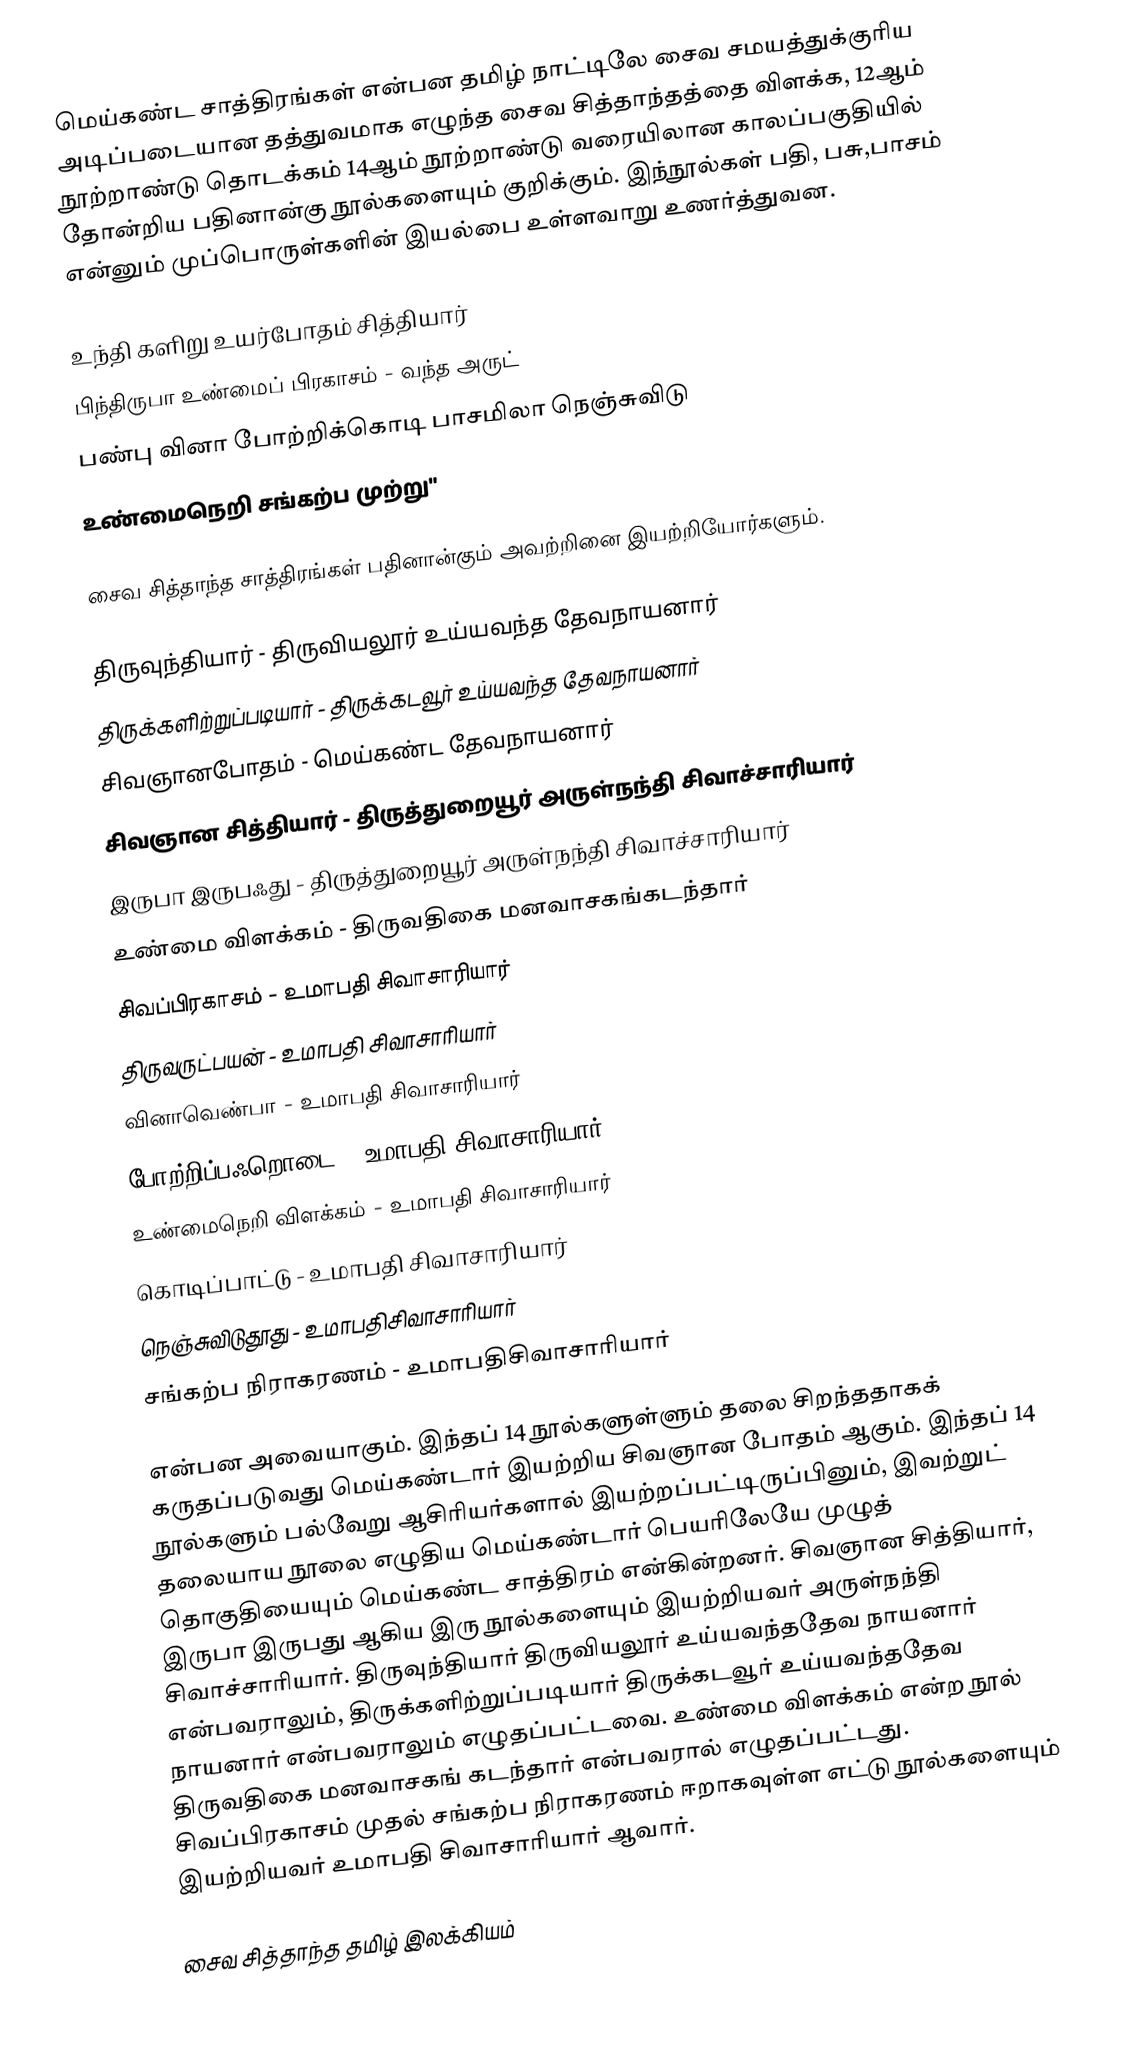
மெய்கண்ட சாத்திரங்கள் என்பன தமிழ் நாட்டிலே சைவ சமயத்துக்குரிய அடிப்படையான தத்துவமாக எழுந்த சைவ சித்தாந்தத்தை விளக்க, 12ஆம் நூற்றாண்டு தொடக்கம் 14ஆம் நூற்றாண்டு வரையிலான காலப்பகுதியில் தோன்றிய பதினான்கு நூல்களையும் குறிக்கும். இந்நூல்கள் பதி, பசு,பாசம் என்னும் முப்பொருள்களின் இயல்பை உள்ளவாறு உணர்த்துவன.

உந்தி களிறு உயர்போதம் சித்தியார்
பிந்திருபா உண்மைப் பிரகாசம் - வந்த அருட்
பண்பு வினா போற்றிக்கொடி பாசமிலா நெஞ்சுவிடு
உண்மைநெறி சங்கற்ப முற்று"

சைவ சித்தாந்த சாத்திரங்கள் பதினான்கும் அவற்றினை இயற்றியோர்களும்.

 திருவுந்தியார் - திருவியலூர் உய்யவந்த தேவநாயனார்
 திருக்களிற்றுப்படியார் - திருக்கடவூர் உய்யவந்த தேவநாயனார்
 சிவஞானபோதம் - மெய்கண்ட தேவநாயனார்
 சிவஞான சித்தியார் - திருத்துறையூர் அருள்நந்தி சிவாச்சாரியார்
 இருபா இருபஃது - திருத்துறையூர் அருள்நந்தி சிவாச்சாரியார்
 உண்மை விளக்கம் - திருவதிகை மனவாசகங்கடந்தார்
 சிவப்பிரகாசம் - உமாபதி சிவாசாரியார்
 திருவருட்பயன் - உமாபதி சிவாசாரியார்
 வினாவெண்பா - உமாபதி சிவாசாரியார்
 போற்றிப்பஃறொடை -  உமாபதி சிவாசாரியார்
 உண்மைநெறி விளக்கம் - உமாபதி சிவாசாரியார்
 கொடிப்பாட்டு - உமாபதி சிவாசாரியார்
 நெஞ்சுவிடுதூது - உமாபதிசிவாசாரியார்
 சங்கற்ப நிராகரணம் - உமாபதிசிவாசாரியார்

என்பன அவையாகும். இந்தப் 14 நூல்களுள்ளும் தலை சிறந்ததாகக் கருதப்படுவது மெய்கண்டார் இயற்றிய சிவஞான போதம் ஆகும். இந்தப் 14 நூல்களும் பல்வேறு ஆசிரியர்களால் இயற்றப்பட்டிருப்பினும், இவற்றுட் தலையாய நூலை எழுதிய மெய்கண்டார் பெயரிலேயே முழுத் தொகுதியையும் மெய்கண்ட சாத்திரம் என்கின்றனர். சிவஞான சித்தியார், இருபா இருபது ஆகிய இரு நூல்களையும் இயற்றியவர் அருள்நந்தி சிவாச்சாரியார். திருவுந்தியார் திருவியலூர் உய்யவந்ததேவ நாயனார் என்பவராலும், திருக்களிற்றுப்படியார் திருக்கடவூர் உய்யவந்ததேவ நாயனார் என்பவராலும் எழுதப்பட்டவை. உண்மை விளக்கம் என்ற நூல் திருவதிகை மனவாசகங் கடந்தார் என்பவரால் எழுதப்பட்டது. சிவப்பிரகாசம் முதல் சங்கற்ப நிராகரணம் ஈறாகவுள்ள எட்டு நூல்களையும் இயற்றியவர் உமாபதி சிவாசாரியார் ஆவார்.

சைவ சித்தாந்த தமிழ் இலக்கியம்